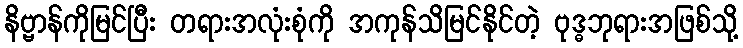
နိဗ္ဗာန်ကိုမြင်ပြီး တရားအလုံးစုံကို အကုန်သိမြင်နိုင်တဲ့ ဗုဒ္ဓဘုရားအဖြစ်သို့